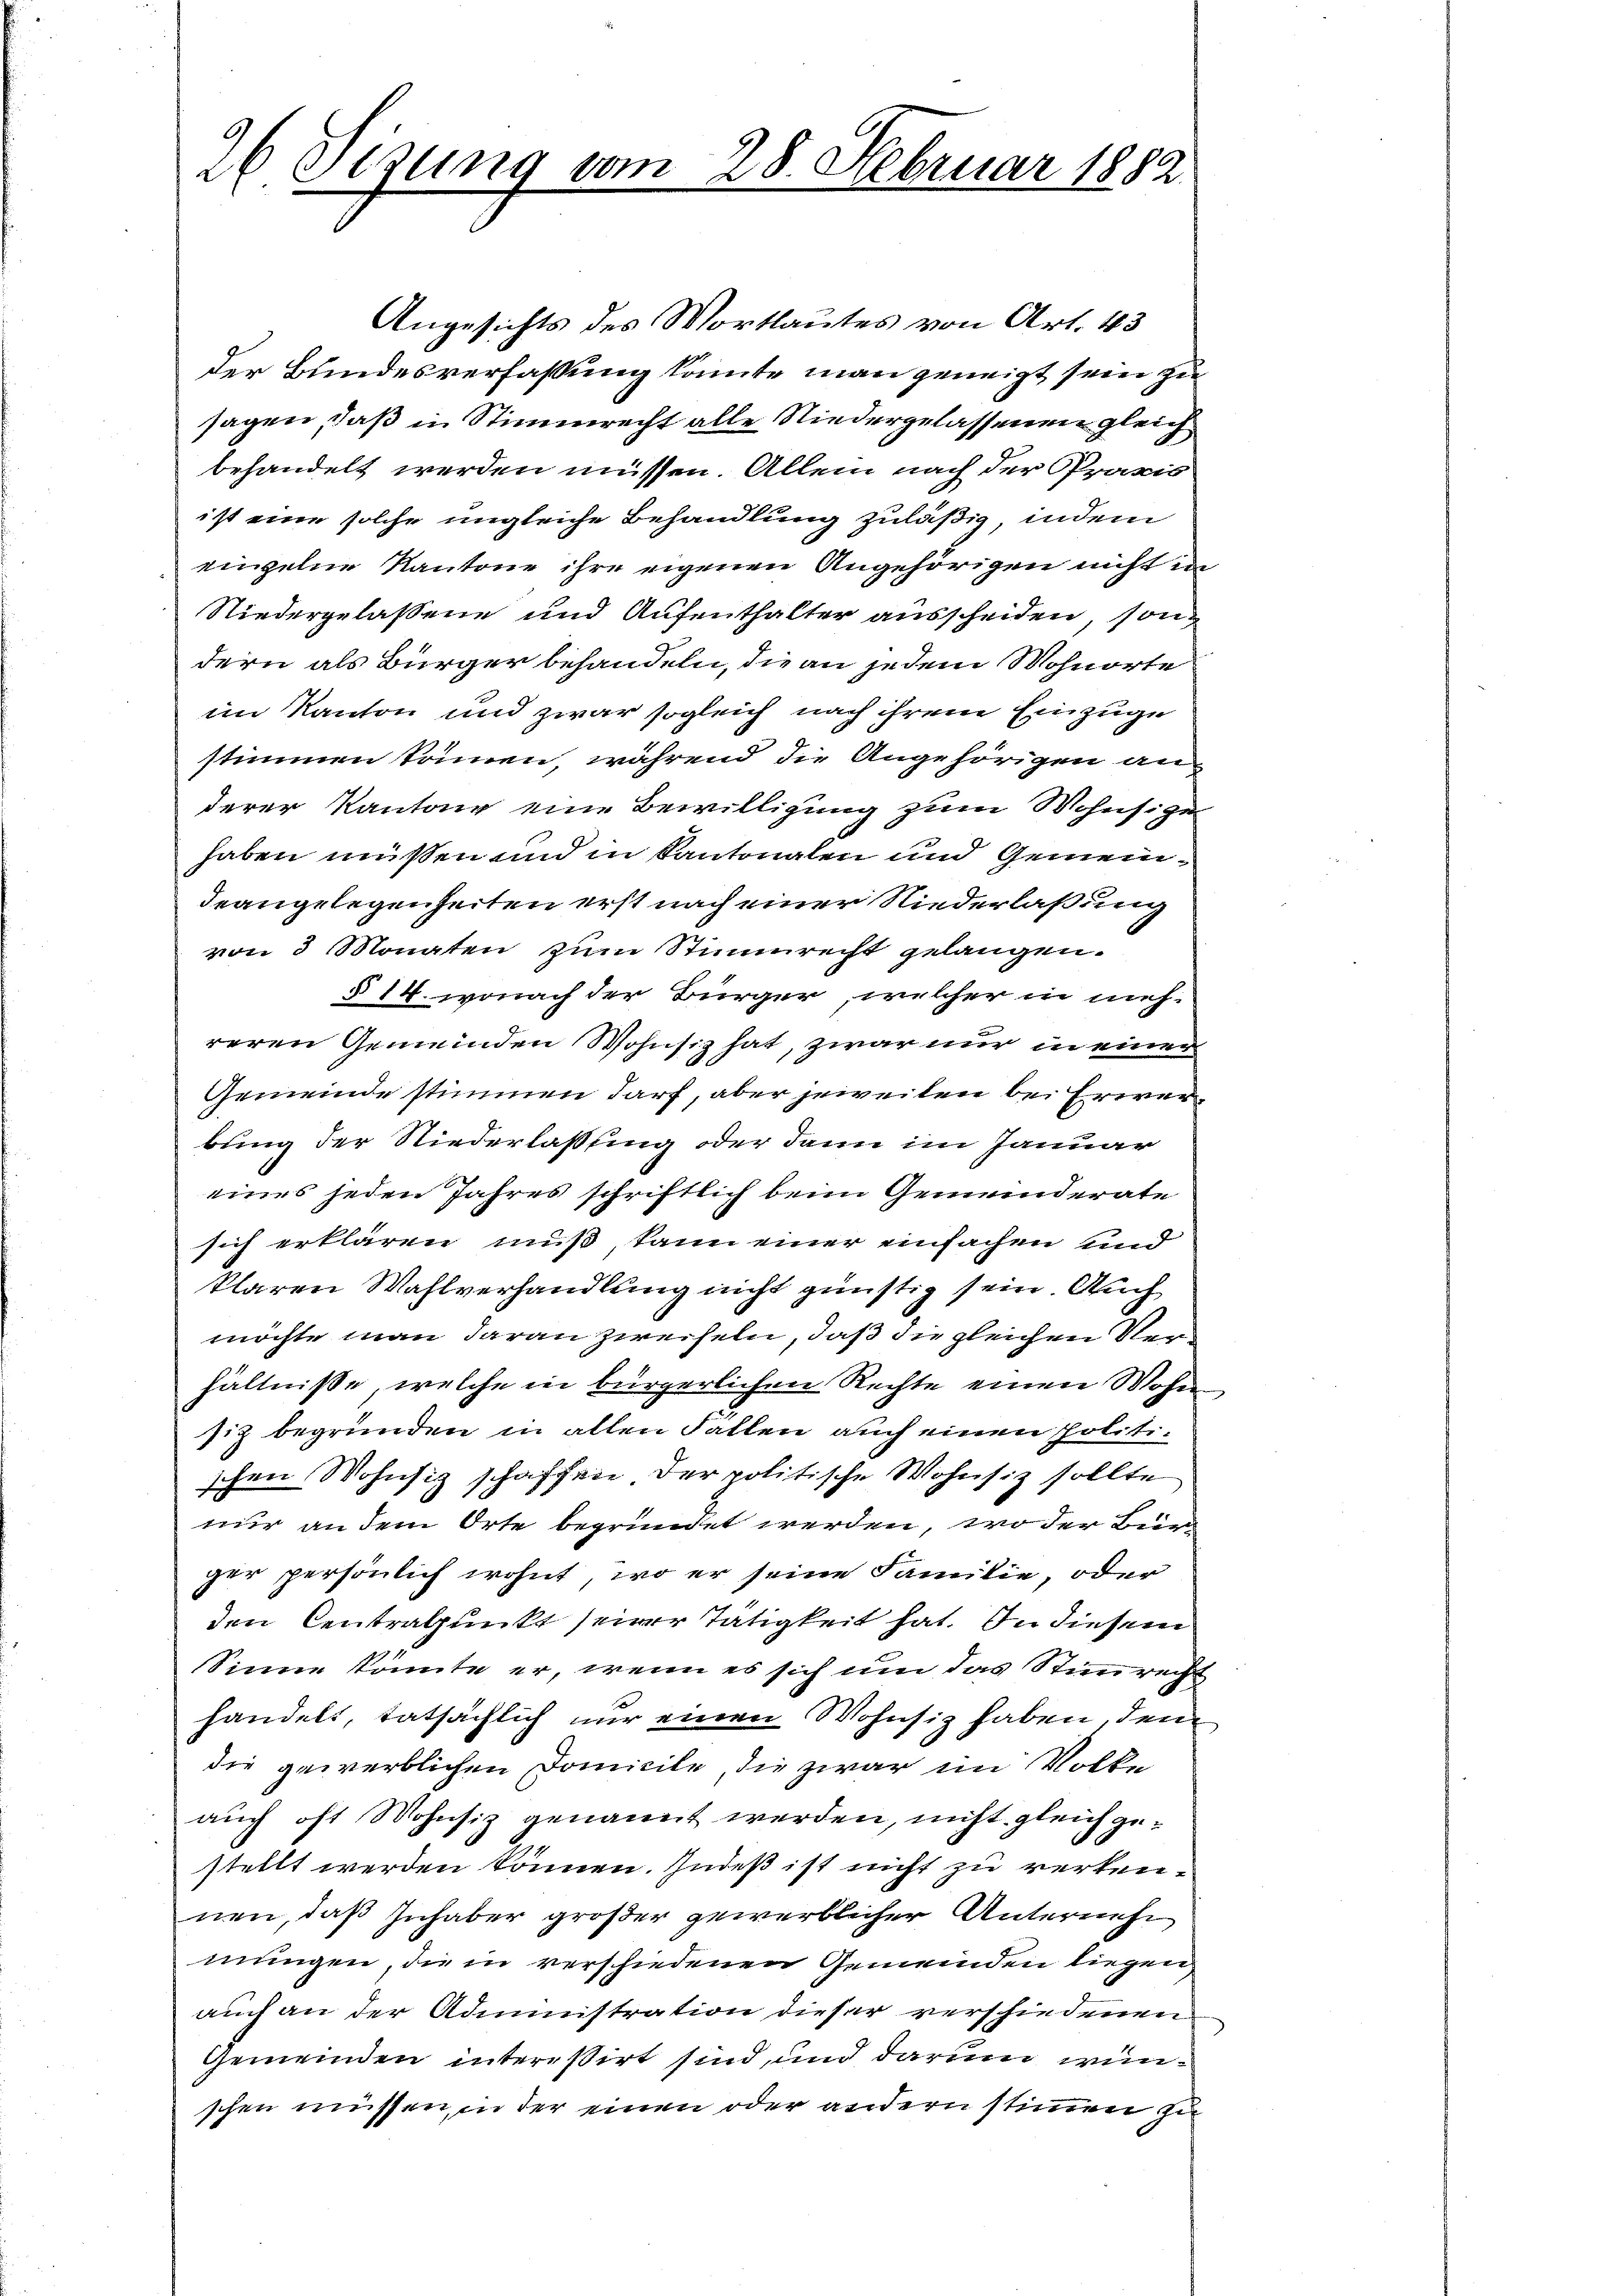
26 Stzung vom 28. Februar 1882.

Angesichts des Wortlautes von Art. 43
der Bundesverfassung konnte man geneigt sein zu
sagen, daß in Stimmrecht alle Niedergelassenen gleichbehandelt werden müssen. Allein nach der Praxis
ist eine solche ungleiche Behandlung zuläßig, indem
einzelne Kantone ihre eigenen Angehörigen nicht in¬
Niedergelassene und Aufenthalter ausscheiden, sondern als Bürger behandeln, die an jedem Wohnorte
im Kanton und zwar sogleich nach ihrem Einzuge
stimmen können, während die Angehörigen an
derer Kantone eine Bewilligung zum Wohnsitzer
haben müssen und in Kantonalen und Gemeindeangelegenheiten erst nach einer Niederlaßung
von 3 Monaten zum Stimmrecht gelangen.
§ 14. wonach der Bürger, welcher in mich
reren Gemeinden Wohnsiz hat, zwar nur in einer
Gemeinde stimmen darf, aber jeweilen bei Erwerbung der Niederlassung oder dann im Januar
eines jeden Jahres schriftlich beim Gemeinderate
sich erklären muß, kann einer einfachen und
klaren Wahlverhandlung nicht günstig sein. Auch
möchte man daran zweifeln, daß die gleichen Verhältniße, welche in bürgerlichen Rechte einen Wohnsiz begründen in allen Fallen auch einen politischen Wohnsitz schaffen der politische Wohnsiz sollte
nur an dem Orte begründet werden, wo der Bür
ger persönlich wohnt, wo er seine Familie, oder
den Centralpunkt seiner Tätigkeit hat. In diesem
Sinne könnte er, wenn es sich um das Stimmrecht
handelt, tatsächlich nur einen Wohnsiz haben dem
die gewerblichen Domicile die zwar im Volke
auch oft Mohnsiz genannt werden, nicht gleich gestellt werden können. Indeß ist nicht zu rerkennen, daß Inhaber größer gewerblicher Unternehmungen, die in verschiedenen Gemeinden liegen
auch an der Administration dieser verschiedenen
Gemeinden intereßirt sind, und darum wunschen müssen, in der einen oder andern stimmen zu